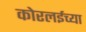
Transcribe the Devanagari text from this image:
कोरलईच्या